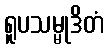
ရူပသမ္မုဒိတံ